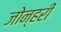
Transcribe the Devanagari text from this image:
जोन्हरी